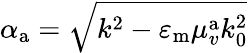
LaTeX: \alpha_{\mathrm{a}}=\sqrt{k^{2}-\varepsilon_{\mathrm{m}}\mu_{v}^{\mathrm{a}}k_{\mathrm{0}}^{2}}